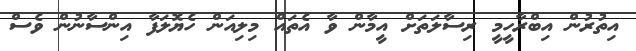
އިތުރުން އިބްރާހީމީ ރިސާލަތަށް އީމާން ވާ އެތައް މިލިއަން ހެޔޮލަފާ އިންސާނުން ވެސް